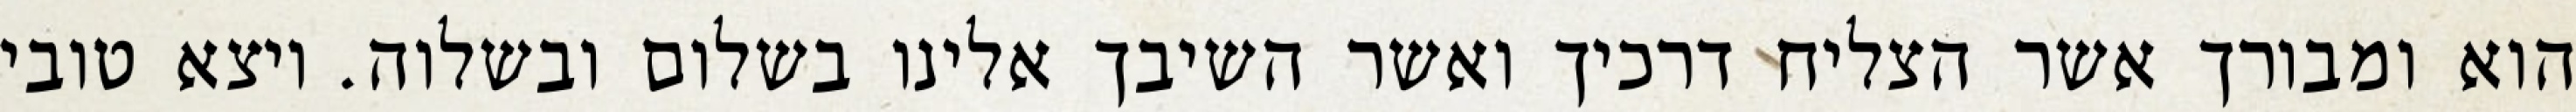
הוא ומבורך אשר הצליח דרכיך ואשר השיבך אלינו בשלום ובשלוה. ויצא טובי